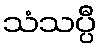
သံသပ္ပီ